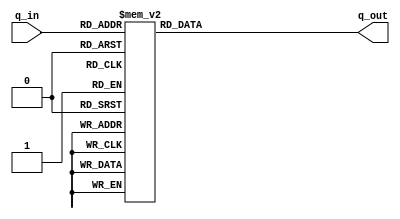
//module S0(input: [3:0]q_in, output: q_out); 

module S0(
	input 		[3:0]q_in, 
	output reg	[1:0]q_out);

always @(q_in)
	begin
		case(q_in)
			4'b0000: q_out = 2'b01;	//row 0, col 0
			4'b0010: q_out = 2'b00;	//row 0, col 1
			4'b0100: q_out = 2'b11;	//row 0, col 2
			4'b0110: q_out = 2'b10; //row 0, col 3
			
			4'b0001: q_out = 2'b11; //row 1, col 0
			4'b0011: q_out = 2'b10; //row 1, col 1
			4'b0101: q_out = 2'b01; //row 1, col 2
			4'b0111: q_out = 2'b00; //row 1, col 3
			
			4'b1000: q_out = 2'b00;	//row 2, col 0
			4'b1010: q_out = 2'b10;	//row 2, col 1
			4'b1100: q_out = 2'b01;	//row 2, col 2
			4'b1110: q_out = 2'b11;	//row 2, col 3
			
			4'b1001: q_out = 2'b11; //row 3, col 0
			4'b1011: q_out = 2'b01; //row 3, col 1
			4'b1101: q_out = 2'b11; //row 3, col 2
			4'b1111: q_out = 2'b10; //row 3, col 3
		endcase
	end

endmodule